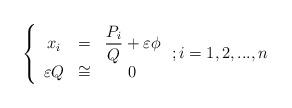
LaTeX: \begin{align*}\left\{ \begin{array}{ccc}x_{i} & = & \dfrac{P_{i}}{Q}+\varepsilon \phi \\ \varepsilon Q & \cong & 0\end{array}\right. ;i=1,2,...,n \end{align*}